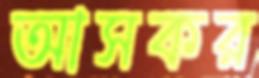
আসকর